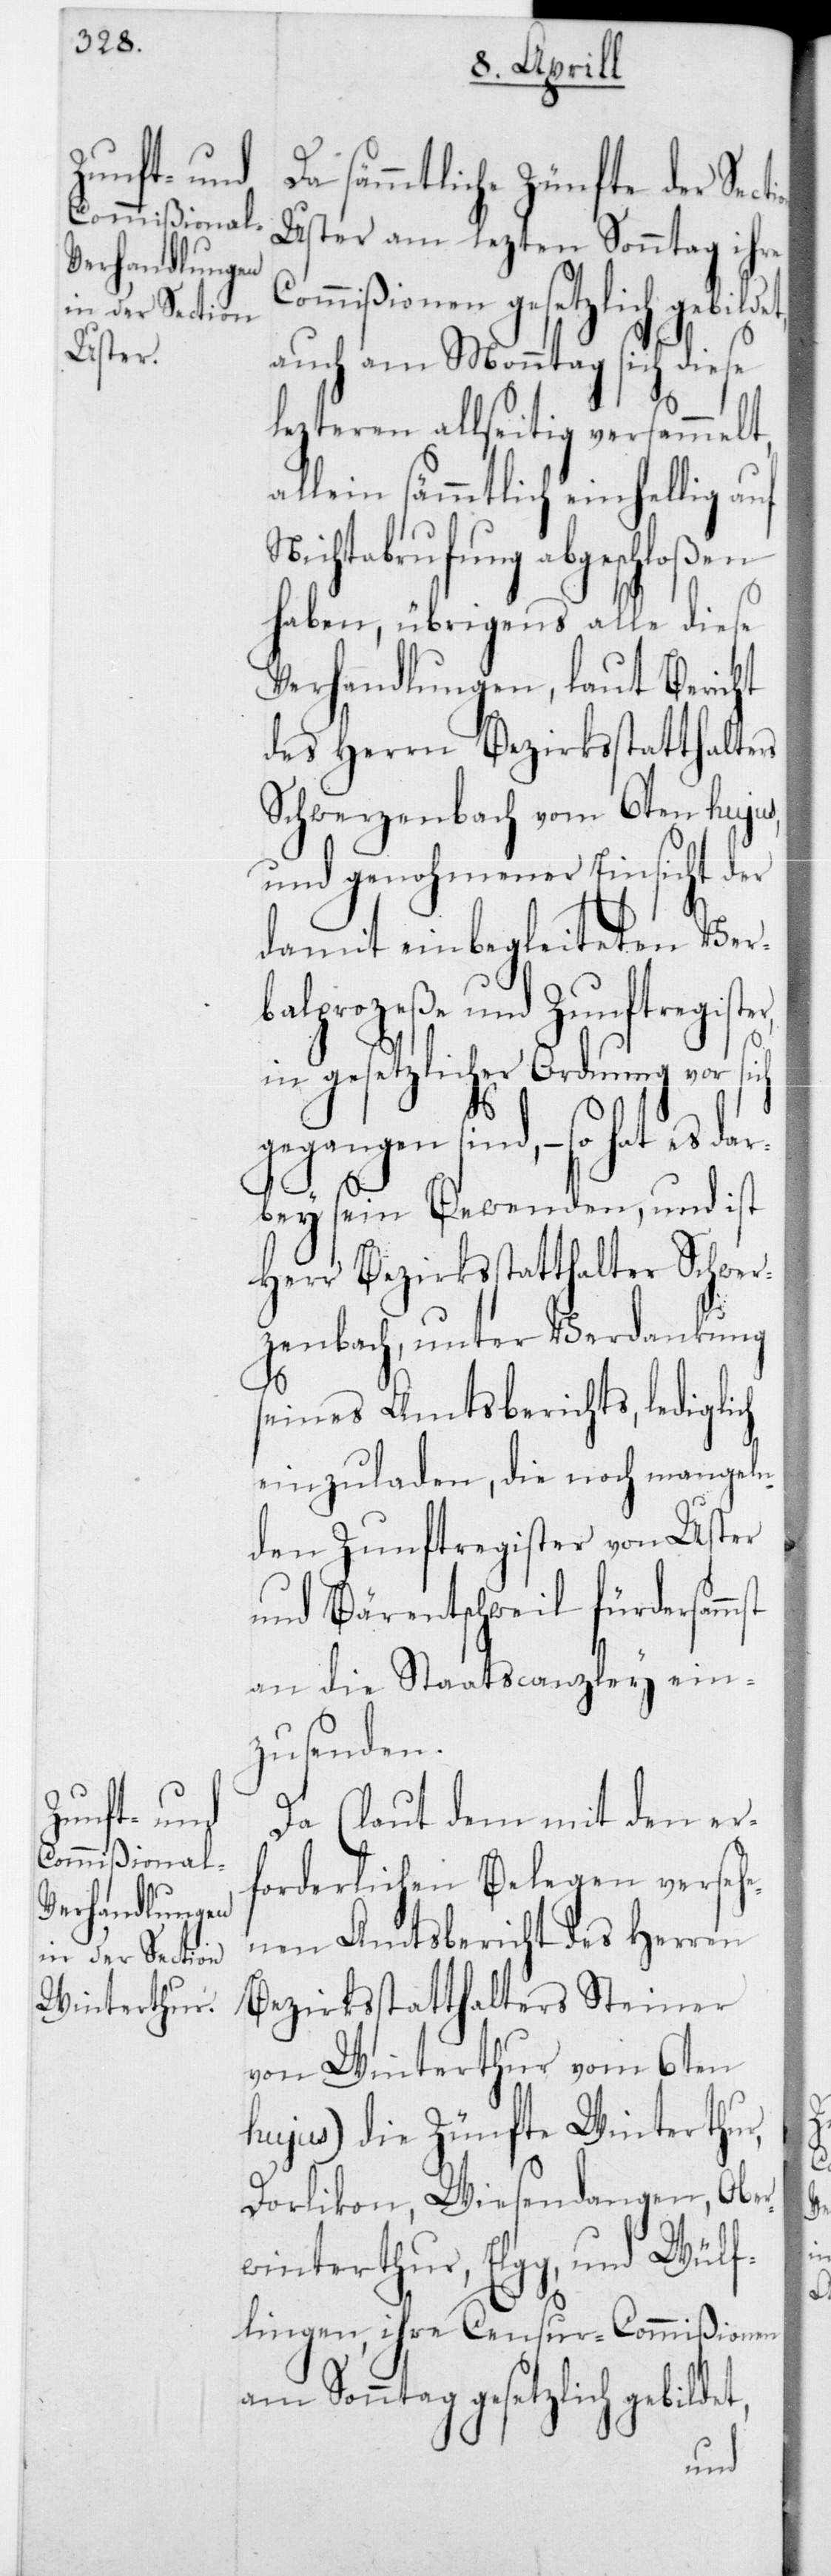
Commißione¬

Da sämmtliche Zünfte der Sect¬
Uster am lezten Sonntag ihre
n gesetzlich gebil¬
auch am Monntag sich diese
lezteren allseitig versammelt,
allein sämmtlich einhellig auf
Nichtabrufung abgeschloßen
haben, übrigens alle diese
Verhandlungen, laut Bericht
des Herrn Bezirksstatthalters
Schwerzenbach vom 6ten hujus,
und genohmener Einsicht der
damit einbegleiteten Ver¬
balprozeße und Zunftregister,
in gesetzlicher Ordnung vor sich
et,
gegangen sind, – so hat es da¬
rbey sein Bewenden, und ist
Herr Bezirksstatthalter Schwer¬
zenbach, unter Verdankung
seines Amtsberichts, lediglich
einzuladen, die noch mangeln¬
den Zunftregister von Uster
und Bärentschweil fürdersamm¬
an die Staatscanzley ein¬
zusenden.
Da (laut dem mit den er¬
forderlichen Belegen verseh¬
enen Amtsbericht des Herren
Bezirksstatthalters Steiner
von Winterthur vom 6ten
hujus) die Zünfte Winterthur,
Dorlikon, Wiesendangen, Ober¬
winterthur, Elgg und Wülf¬
lingen, ihre Censur-Commißionen
am Sonntag gesetzlich gebild¬
ion